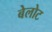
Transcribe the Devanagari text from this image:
बेलोट